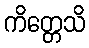
ကိတ္တေသိ